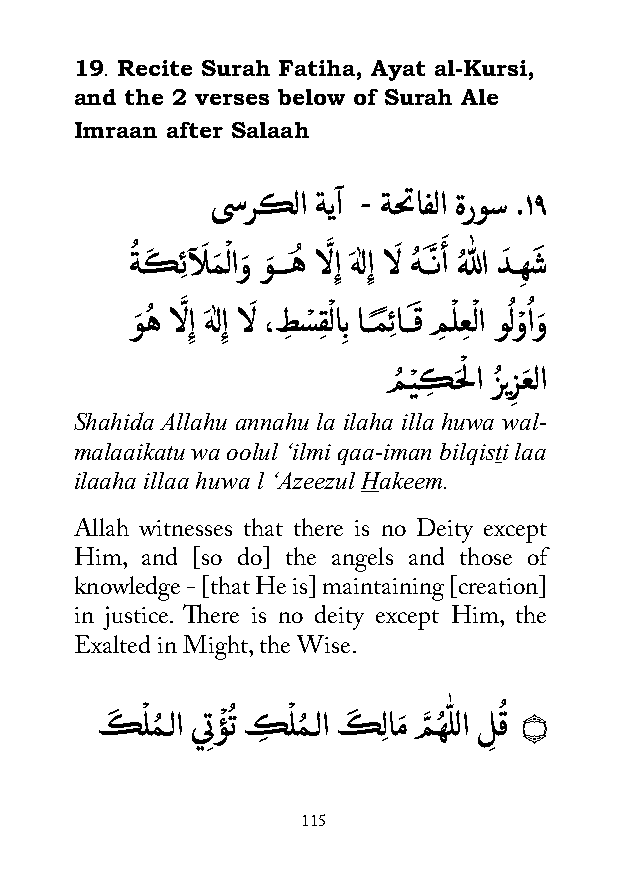
19. Recite Surah Fatiha, Ayat al-Kursi,
 and the 2 verses below of Surah Ale
 Imraan after Salaah
 ىسركلا ةيآ - ةحتافلا ةروس .١٩
 ةُ كَ ِئآلَ مَ ْ لاوَ وَ ـــهُ الَّ ِإ هَ ٰلِإ الَ هُ ــَّنأَ هُ لّٰ لا دَ ـهِ شَ
 وَ هُ الَّ ِإ هَ ٰلِإ الَ ،طِ سْ قِ ْ لاِب اــمً ِئاــقَ مِ لْ عِ ْ لا وُ لوْ اُ وَ
 ْ
 مُ يْ كِ حَلا زُ يز
 ِ
 عَ لا
 Shahida Allahu annahu la ilaha illa huwa wal-
 malaaikatu wa oolul ‘ilmi qaa-iman bilqisti laa
 ilaaha illaa huwa l ‘Azeezul Hakeem.
 Allah witnesses that there is no Deity except
 Him, and [so do] the angels and those of
 knowledge - [that He is] maintaining [creation]
 in justice. There is no deity except Him, the
 Exalted in Might, the Wise.
 كَ ْ لمُ ـلا ي ِتؤْ ُ ت كِ ْ لمُ ـلا كَ ِلامَ مَّ هُ ّٰ للا ل
 ِ
 قُ ۝
 115